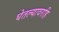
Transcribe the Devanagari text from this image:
घेतल्यावरहि